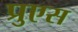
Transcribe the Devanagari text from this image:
प्रुएस